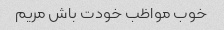
خوب مواظب خودت باش مریم